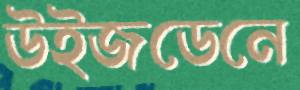
উইজডেনে